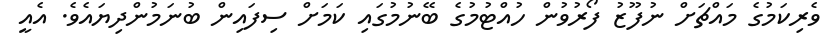
ވެރިކަމުގެ މައްޗަށް ނުފޫޒު ފޯރުވުން ހުއްޓުމުގެ ބޭނުމުގައި ކަމަށް ސިފައިން ބުނަމުންދިޔައެވެ. އެއީ